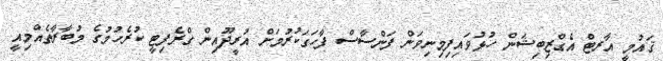
ޤައުމީ އާރޓް އެގްޒިބިޝަން ހުޅުވައިފިމިނިވަން ފަންސާސް ފާހަގަކުރުމަށް އުރީދޫއިން ގްރެފިޓީ ކުރެހުމުގެ މުބާރާތެއްމިއީ